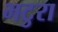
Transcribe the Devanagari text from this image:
भटुरा